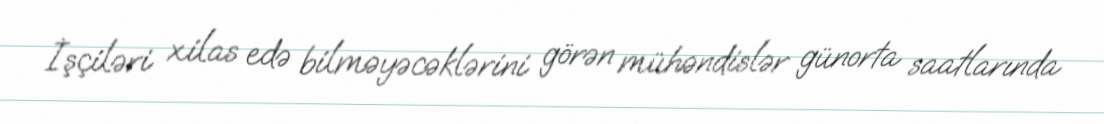
İşçiləri xilas edə bilməyəcəklərini görən mühəndislər günorta saatlarında